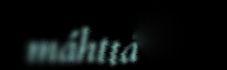
máhttá